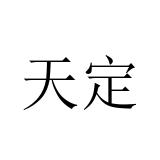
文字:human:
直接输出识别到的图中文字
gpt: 天定